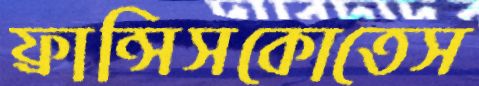
ফ্রান্সিসকোতেস